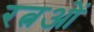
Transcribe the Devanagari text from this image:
रत्नओं